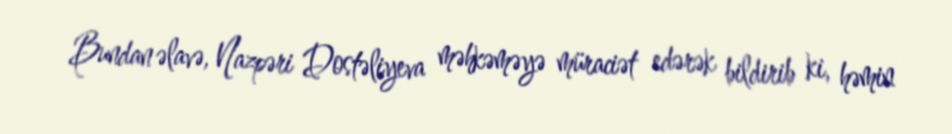
Bundan əlavə, Nazpəri Dostəliyeva məhkəməyə müraciət edərək bildirib ki, həmin